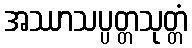
အဿာသပ္ပတ္တသုတ္တံ